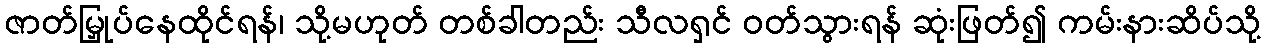
ဇာတ်မြှုပ်နေထိုင်ရန်၊ သို့မဟုတ် တစ်ခါတည်း သီလရှင် ဝတ်သွားရန် ဆုံးဖြတ်၍ ကမ်းနားဆိပ်သို့